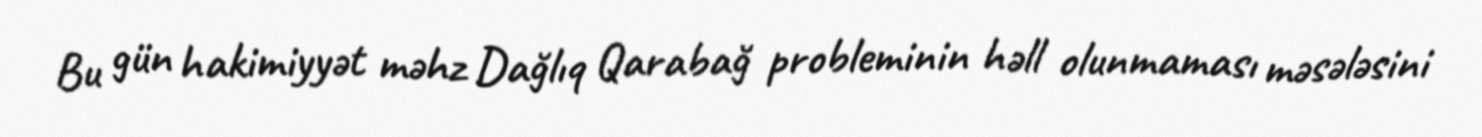
Bu gün hakimiyyət məhz Dağlıq Qarabağ probleminin həll olunmaması məsələsini